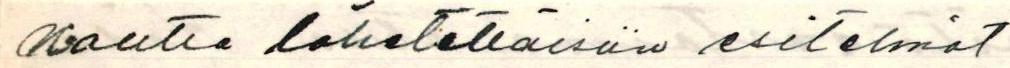
kautta lähetettäisiin esitelmät